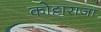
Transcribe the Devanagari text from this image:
कोट्टाराजा